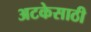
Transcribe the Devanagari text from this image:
अटकेसाठी